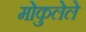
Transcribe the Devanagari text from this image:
मोकुलेले